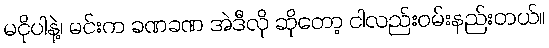
မငိုပါနဲ့၊ မင်းက ခဏခဏ အဲဒီလို ဆိုတော့ ငါလည်းဝမ်းနည်းတယ်။